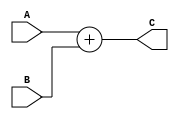
module Adder #(
    parameter width=32
) (
    A,B,C
);
input [width-1:0] A;
input [width-1:0] B;
output [width-1:0] C;

assign C= A+B;
endmodule